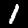
Digit: 1